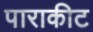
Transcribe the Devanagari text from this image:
पाराकीट